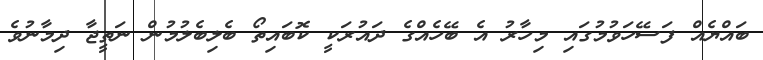
ބައްޔެއް ފަސޭހަވުމުގައި މިހާރު އެ ބޭހެއްގެ ދައުރަކީ ކޮބައިތޯ ބެލިބެލުމުން ނަތީޖާ ދިމާނުވެ